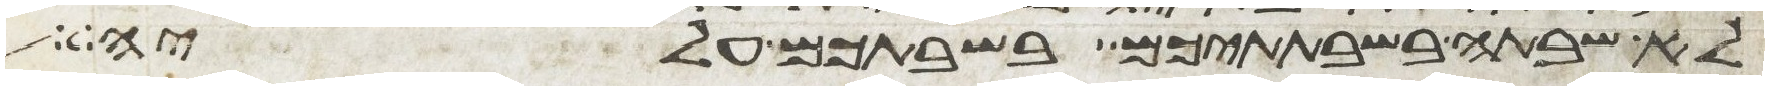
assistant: לא שבתה בשבתתיכם בשבתכם עליה